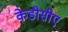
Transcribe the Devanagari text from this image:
केडीसीए